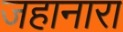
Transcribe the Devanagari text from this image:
जहानारा